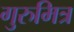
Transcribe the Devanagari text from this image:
गुरुमित्र